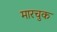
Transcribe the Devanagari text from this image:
मारचुक